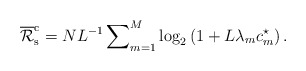
\begin{align*}{\overline{\mathcal R}}_{\rm{s}}^{\rm{c}}={N}{L^{-1}}\sum\nolimits_{m=1}^{M}\log_2\left(1+L\lambda_mc_m^{\star}\right).\end{align*}